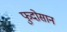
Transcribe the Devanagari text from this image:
फुदोसान